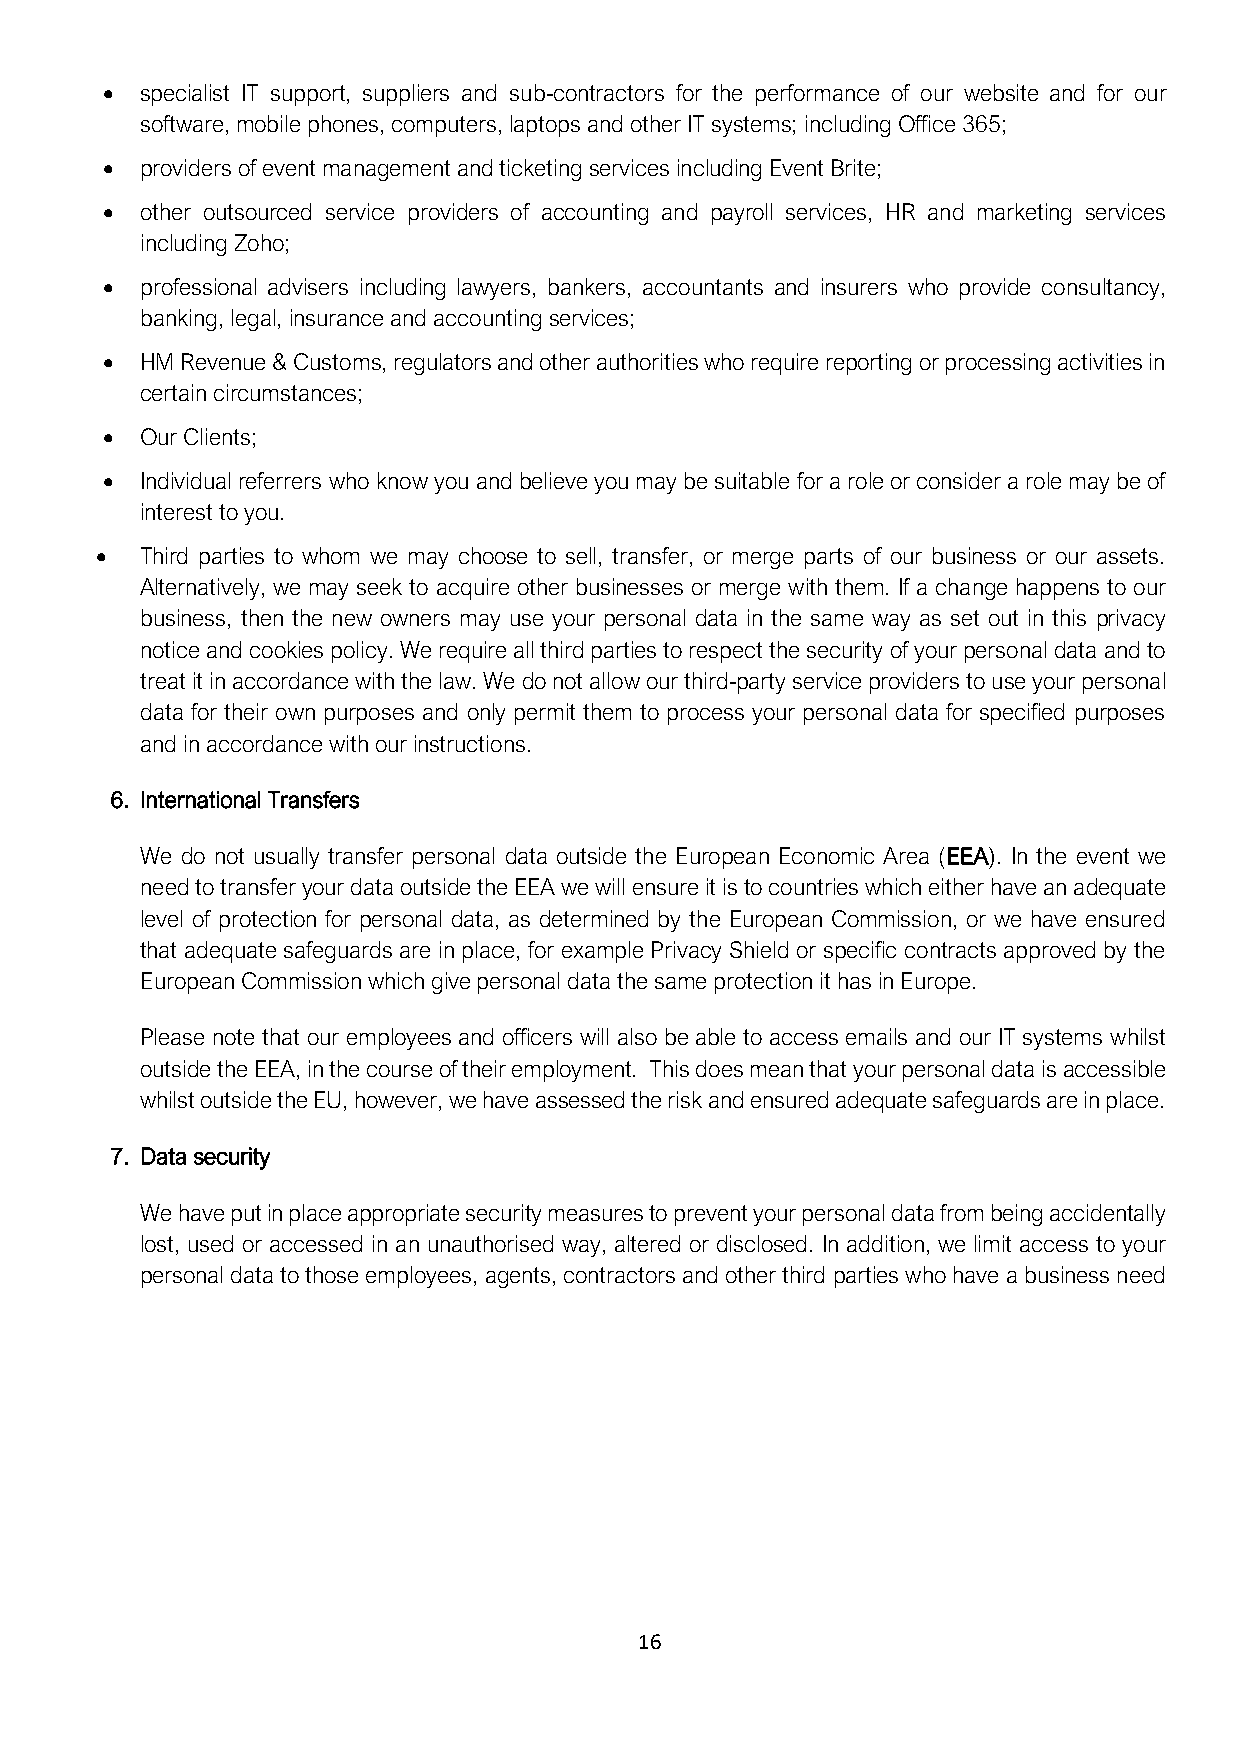
• specialist IT support, suppliers and sub-contractors for the performance of our website and for our
 software, mobile phones, computers, laptops and other IT systems; including Office 365;
 • providers of event management and ticketing services including Event Brite;
 • other outsourced service providers of accounting and payroll services, HR and marketing services
 including Zoho;
 • professional advisers including lawyers, bankers, accountants and insurers who provide consultancy,
 banking, legal, insurance and accounting services;
 • HM Revenue & Customs, regulators and other authorities who require reporting or processing activities in
 certain circumstances;
 • Our Clients;
 • Individual referrers who know you and believe you may be suitable for a role or consider a role may be of
 interest to you.
 •  Third parties to whom we may choose to sell, transfer, or merge parts of our business or our assets.
 Alternatively, we may seek to acquire other businesses or merge with them. If a change happens to our
 business, then the new owners may use your personal data in the same way as set out in this privacy
 notice and cookies policy. We require all third parties to respect the security of your personal data and to
 treat it in accordance with the law. We do not allow our third-party service providers to use your personal
 data for their own purposes and only permit them to process your personal data for specified purposes
 and in accordance with our instructions.
 6. International Transfers
 We do not usually transfer personal data outside the European Economic Area (EEA). In the event we
 need to transfer your data outside the EEA we will ensure it is to countries which either have an adequate
 level of protection for personal data, as determined by the European Commission, or we have ensured
 that adequate safeguards are in place, for example Privacy Shield or specific contracts approved by the
 European Commission which give personal data the same protection it has in Europe.
 Please note that our employees and officers will also be able to access emails and our IT systems whilst
 outside the EEA, in the course of their employment. This does mean that your personal data is accessible
 whilst outside the EU, however, we have assessed the risk and ensured adequate safeguards are in place.
 7. Data security
 We have put in place appropriate security measures to prevent your personal data from being accidentally
 lost, used or accessed in an unauthorised way, altered or disclosed. In addition, we limit access to your
 personal data to those employees, agents, contractors and other third parties who have a business need
 16